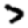
Digit: 7